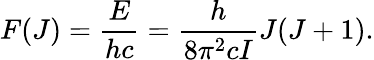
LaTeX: F(J)=\frac{E}{hc}=\frac{h}{8\pi^{2}cI}J(J+1).